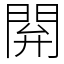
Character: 閞